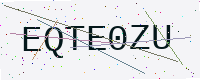
Text: EQTE0ZU